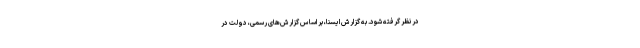
در نظر گرفته شود. به گزارش ایسنا، بر اساس گزارش‌های رسمی، دولت در